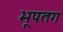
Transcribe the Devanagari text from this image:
भूपतग